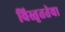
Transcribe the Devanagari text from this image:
विस्तृततेचा